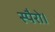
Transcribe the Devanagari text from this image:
स्पैरो।